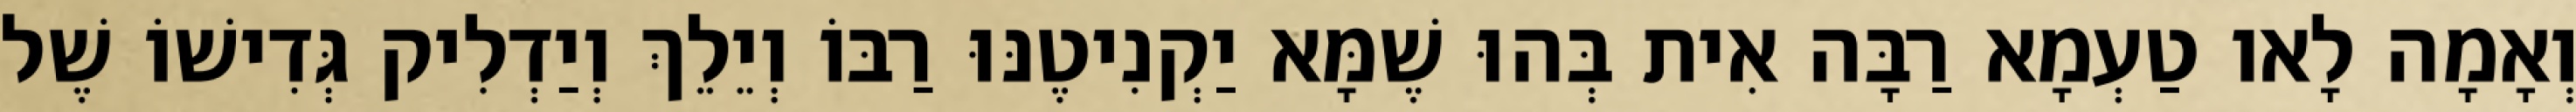
וְאָמָה לָאו טַעְמָא רַבָּה אִית בְּהוּ שֶׁמָּא יַקְנִיטֶנּוּ רַבּוֹ וְיֵלֵךְ וְיַדְלִיק גְּדִישׁוֹ שֶׁל